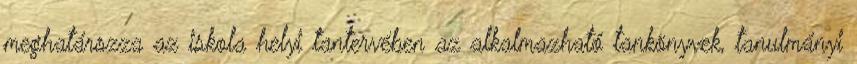
meghatározza az iskola helyi tantervében az alkalmazható tankönyvek, tanulmányi